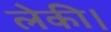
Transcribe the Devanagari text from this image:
लेकी।